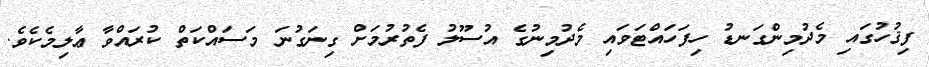
ފިޤުހުގައި މެދުމިންގަނޑު ހިފަހައްޓަވައި މެދުމިނުގެ އުސޫލު ފެތުރުމަށް ގިނަގުނަ މަސައްކަތް ކުރައްވާ ޢާލިމެކެވެ.